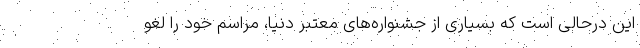
این درحالی است که بسیاری از جشنواره‌های معتبر دنیا، مراسم خود را لغو